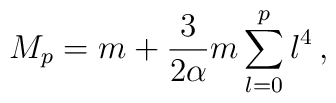
M_p = m + \frac{3}{2\alpha} m \sum_{l=0}^{p} l^4 \, ,